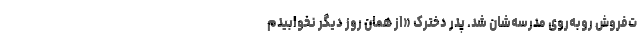
ت‌فروش رو‌به‌روی مدرسه‌شان شد. پدر دخترک «از همان روز دیگر نخوابیدم